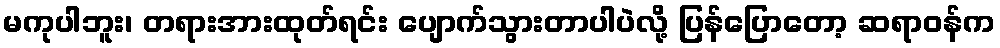
မကုပါဘူး၊ တရားအားထုတ်ရင်း ပျောက်သွားတာပါပဲလို့ ပြန်ပြောတော့ ဆရာဝန်က